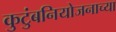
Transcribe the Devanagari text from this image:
कुटुंबनियोजनाच्या